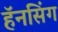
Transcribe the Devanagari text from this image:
हॅनसिंग